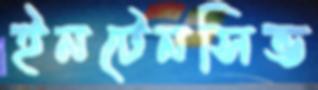
ইনটেনসিভ